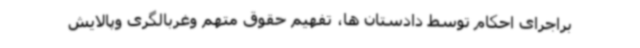
براجرای احکام توسط دادستان ها، تفهیم حقوق متهم وغربالگری وپالایش